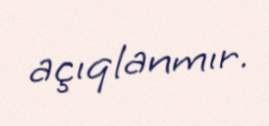
açıqlanmır.